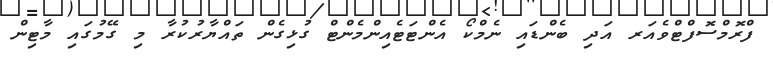
ފްރޮމްސޮފްޓްވެއަރ އަދި ބެންޑައި ނެމްކޯ އެންޓަޓެއިންމެންޓް ގުޅިގެން ތައްޔާރުކުރާ މި ގޭމުގައި މާޓިން